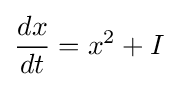
{\frac {dx}{dt}}=x^{2}+I